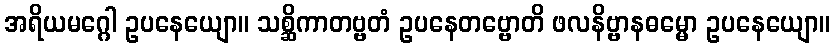
အရိယမဂ္ဂေါ ဥပနေယျော။ သစ္ဆိကာတဗ္ဗတံ ဥပနေတဗ္ဗောတိ ဖလနိဗ္ဗာနဓမ္မော ဥပနေယျော။